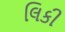
લિકી